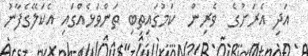
އަދި އެރަށުގެ  ވެރިން  ކަމުގައިތިބި ތަންވަޅެއްގައި އެކަލޭގެފާނު